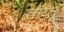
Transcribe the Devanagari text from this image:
ताय्तू